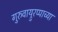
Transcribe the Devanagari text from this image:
गुरुवाय्रुरप्पाच्या